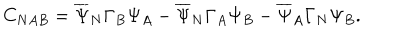
C _ { N A B } = \overline { { { \Psi } } } _ { N } \Gamma _ { B } \Psi _ { A } - \overline { { { \Psi } } } _ { N } \Gamma _ { A } \Psi _ { B } - \overline { { { \Psi } } } _ { A } \Gamma _ { N } \Psi _ { B } .